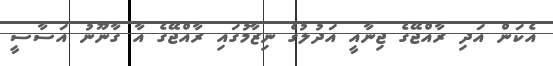
އެކަން އަދި ރާއްޖޭގެ ޖިނާއީ އަދުލުގެ ނިޒާމުގައި ރާއްޖޭގެ އާ ގާނޫނު އަސާސީ